Burma Government Medical School reports 1923-41
Year: 1923
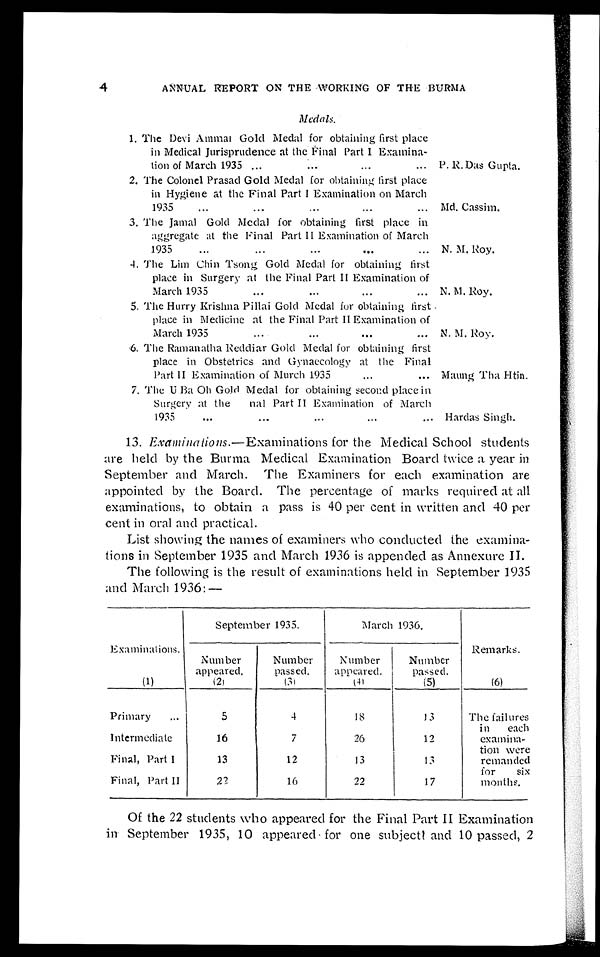
4
ANNUAL REPORT ON THE WORKING OF THE BURMA
Medals.
1. The Devi Ammal Gold Medal for obtaining first place
in Medical Jurisprudence at the Final Part I Examina -
tion of March 1935 . . .
P. R.Das Gupta.
2. The Colonel Prasad Gold Medal for obtaining first place
in Hygiene at the Final Part I Examination on March
1 9 3 5 . . .
Md. Cassim.
3. The Jamal Gold Medal for obtaining first place in
aggregate at the Final Part II Examination of March
1 9 3 5 . . .
N. M. Roy.
4. The Lim Chin Tsong Gold Medal for obtaining first
place in Surgery at the Final Part II Examination of
March 1935 . . . N. M. Roy.
5. The Hurry Krishna Pillai Gold Medal for obtaining first
place in Medicine at the Final Part II Examination of
M a r c h 1 9 3 5 . . .
N. M. Roy.
6. The Ramanatha Reddiar Gold Medal for obtaining first
place in Obstetrics and Gynaecology at the Final
Part II Examination of March 1935... Maung Tha Htin.
7. The U Ba Oh Gold Medal for obtaining second place in
Surgery at the final Part II Examination of March
1935
.
.
. Hardas Singh.
13. Examinations.— Examinations for the Medical School students
a r e h e l d b y t h e B u r m a M e d i c a l E x a m i n a t i o n B o a r d t w i c e a y e a r i n
September and March. The Examiners for each examination are
appointed by the Board. The percentage of marks required at all
examinations, to obtain a pass is 40 per cent in written and 40 per
cent in oral and practical.
List showing the names of examiners who conducted the examina
- t i o n s i n S e p t e m b e r 1 9 3 5 a n d M a r c h 1 9 3 6 i s a p p e n d e d a s A n n e x u r e I I .
The following is the result of examinations held in September 1935
and March 1936:—
Examinations.
September 1935.
March 1936.
Number
appeared.
Number
passed.
Number
appeared.
Number
passed.
Remarks.
(1)
( 2 )
( 3 )
( 4 )
(5)
(6)
Primary . . .
5
4
18
13
The failures
in each
examina -
tion were
remanded
for six
months.
Intermediate
16
7
26
12
Final, Part I
13
12
13
13
Final, Part II
22
16
2 2
17
Of the 22 students who appeared for the Final Part II Examination
in September 1935, 10 appeared for one subject and 10 passed, 2